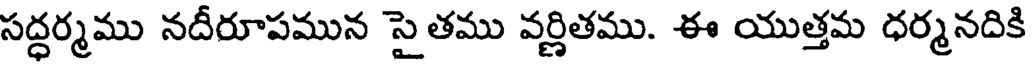
సద్ధర్మము నదీరూపమున సై తము వర్ణితము. ఈ యుత్తమ ధర్మనదికి